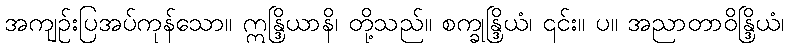
အကျဉ်းပြအပ်ကုန်သော။ ဣန္ဒြိယာနိ၊ တို့သည်။ စက္ခုန္ဒြိယံ၊ ၎င်း။ ပ။ အညာတာဝိန္ဒြိယံ၊